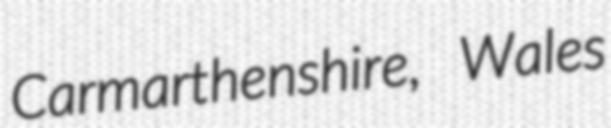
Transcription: Carmarthenshire, Wales